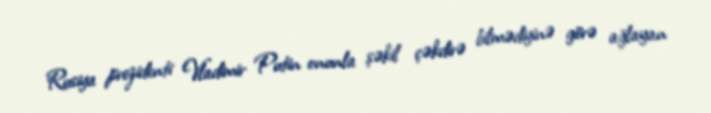
Rusiya prezidenti Vladimir Putin onunla şəkil çəkdirə bilmədiyinə görə ağlayan